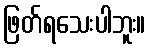
ဖြတ်ရသေးပါဘူး။